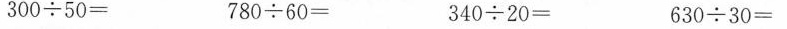
$$3 0 0 ÷ 5 0 =$$$$7 8 0 ÷ 6 0 =$$$$ 3 0 ÷ 2 0 =$$$$6 3 0 ÷ 3 0 =$$